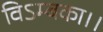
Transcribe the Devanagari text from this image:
विऽम्बका।।